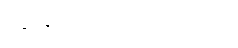
ကျွန်ုပ်ယုံကြည်ပါသည်